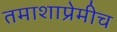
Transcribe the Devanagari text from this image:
तमाशाप्रेमीच